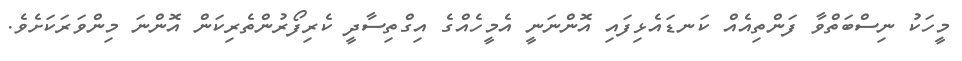
މީހަކު ނިސްބަތްވާ ފަންތިއެއް ކަނޑައެޅިފައި އޮންނަނީ އެމީހެއްގެ އިގްތިސާދީ ކެރިފޯރުންތެރިކަން އޮންނަ މިންވަރަކަށެވެ.